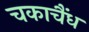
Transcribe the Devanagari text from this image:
चकाचैंध